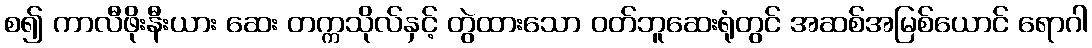
စ၍ ကာလီဖိုးနီးယား ဆေး တက္ကသိုလ်နှင့် တွဲထားသော ဝတ်ဘူဆေးရုံတွင် အဆစ်အမြစ်ယောင် ရောဂါ